Civil Veterinary Dept. Assam report 1927-50 - 1927-1950
Year: 1927
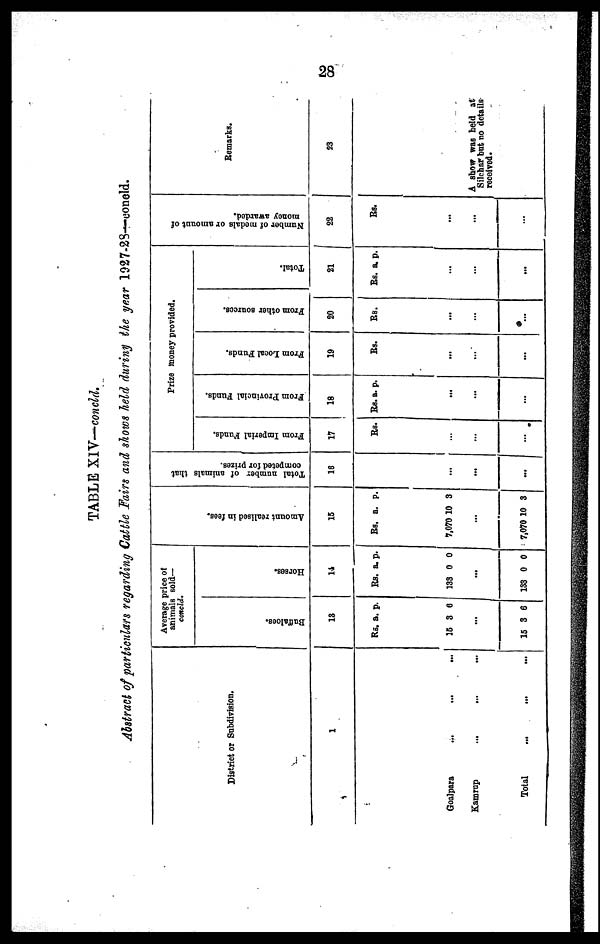
28
TABLE XIV—concld.
Abstract of particulars regarding Cattle Fairs and shows held during the year 1927-23—concld.
District or Subdivision.
1
Goalpara
...
...
...
Kamrup ... ... ...
Total ... ... ...
Average price of
animals sold—
concld.
Buffaloes.
1
3
Rs.
15
...
15 3
a.
3
6
p.
6
Hor s es .
1
4
Rs.
133
...
133
a.
0
0
p.
0
0
Amo u n t r e a l i s e d in fees.
1
5
Rs.
7,070
...
7,070
a.
10
10
p.
3
3
Total number of animals that
competed for prizes.
16
...
...
Prize money provided.
From Imperial Funds.
17
Rs.
From Provincial Funds.
18
Rs. a. p.
From Local Funds.
19
Rs.
...
...
From other sources.
20
Rs.
...
...
...
Total.
21
Rs. a. p.
...
...
Number of medals or amount of
money awarded.
22
Rs.
...
...
Remarks.
23
A show was held at
Silchar but no details
received.